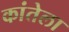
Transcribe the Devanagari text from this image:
कांतेला